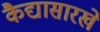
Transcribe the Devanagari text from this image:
कैद्यासारखे